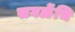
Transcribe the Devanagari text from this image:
सगळेंचि